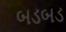
બડબડ